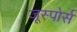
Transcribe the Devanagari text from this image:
जूस्पोर्स